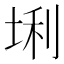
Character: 𪣛